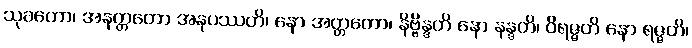
သုခတော၊ အနတ္တတော အနုပဿတိ၊ နော အတ္တတော၊ နိဗ္ဗိန္ဒတိ နော နန္ဒတိ၊ ဝိရဇ္ဇတိ နော ရဇ္ဇတိ၊